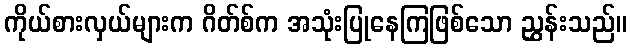
ကိုယ်စားလှယ်များက ဂိတ်စ်က အသုံးပြုနေကြဖြစ်သော ညွှန်းသည်။